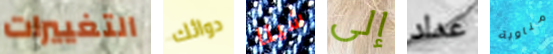
التغييرات دوائك شيئا إلى عداد مناوبة